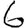
Digit: 6